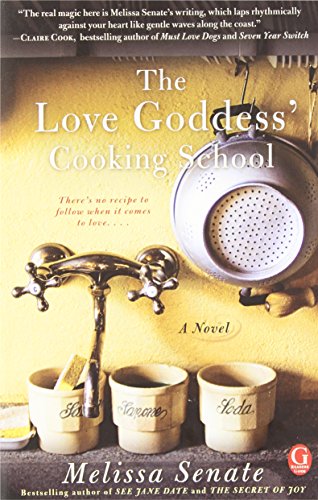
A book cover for The Love Goddess' Cooking School; Melissa Senate; Literature & Fiction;